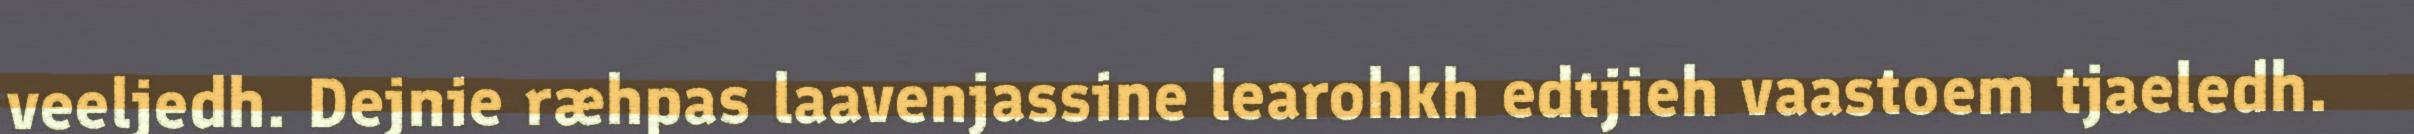
veeljedh. Dejnie ræhpas laavenjassine learohkh edtjieh vaastoem tjaeledh.